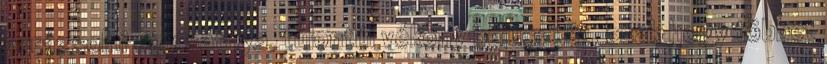
varázsolni egy satnya, túlontúl vékony bajuszkát, csak hogy többet